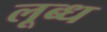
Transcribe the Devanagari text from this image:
लूब्ध